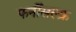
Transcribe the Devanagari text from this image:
फर्नीसल्फ्र